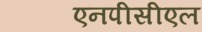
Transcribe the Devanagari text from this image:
एनपीसीएल